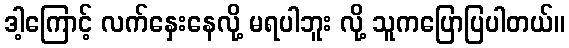
ဒါ့ကြောင့် လက်နှေးနေလို့ မရပါဘူး လို့ သူကပြောပြပါတယ်။